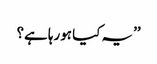
’’یہ کیا ہورہا ہے؟